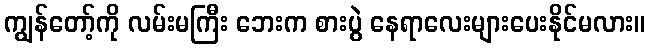
ကျွန်တော့်ကို လမ်းမကြီး ဘေးက စားပွဲ နေရာလေးများပေးနိုင်မလား။